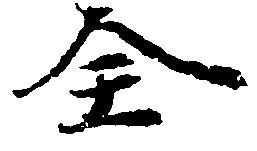
全